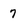
Character: 7